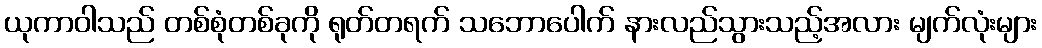
ယုကာဝါသည် တစ်စုံတစ်ခုကို ရုတ်တရက် သဘောပေါက် နားလည်သွားသည့်အလား မျက်လုံးများ